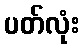
ပတ်လုံး